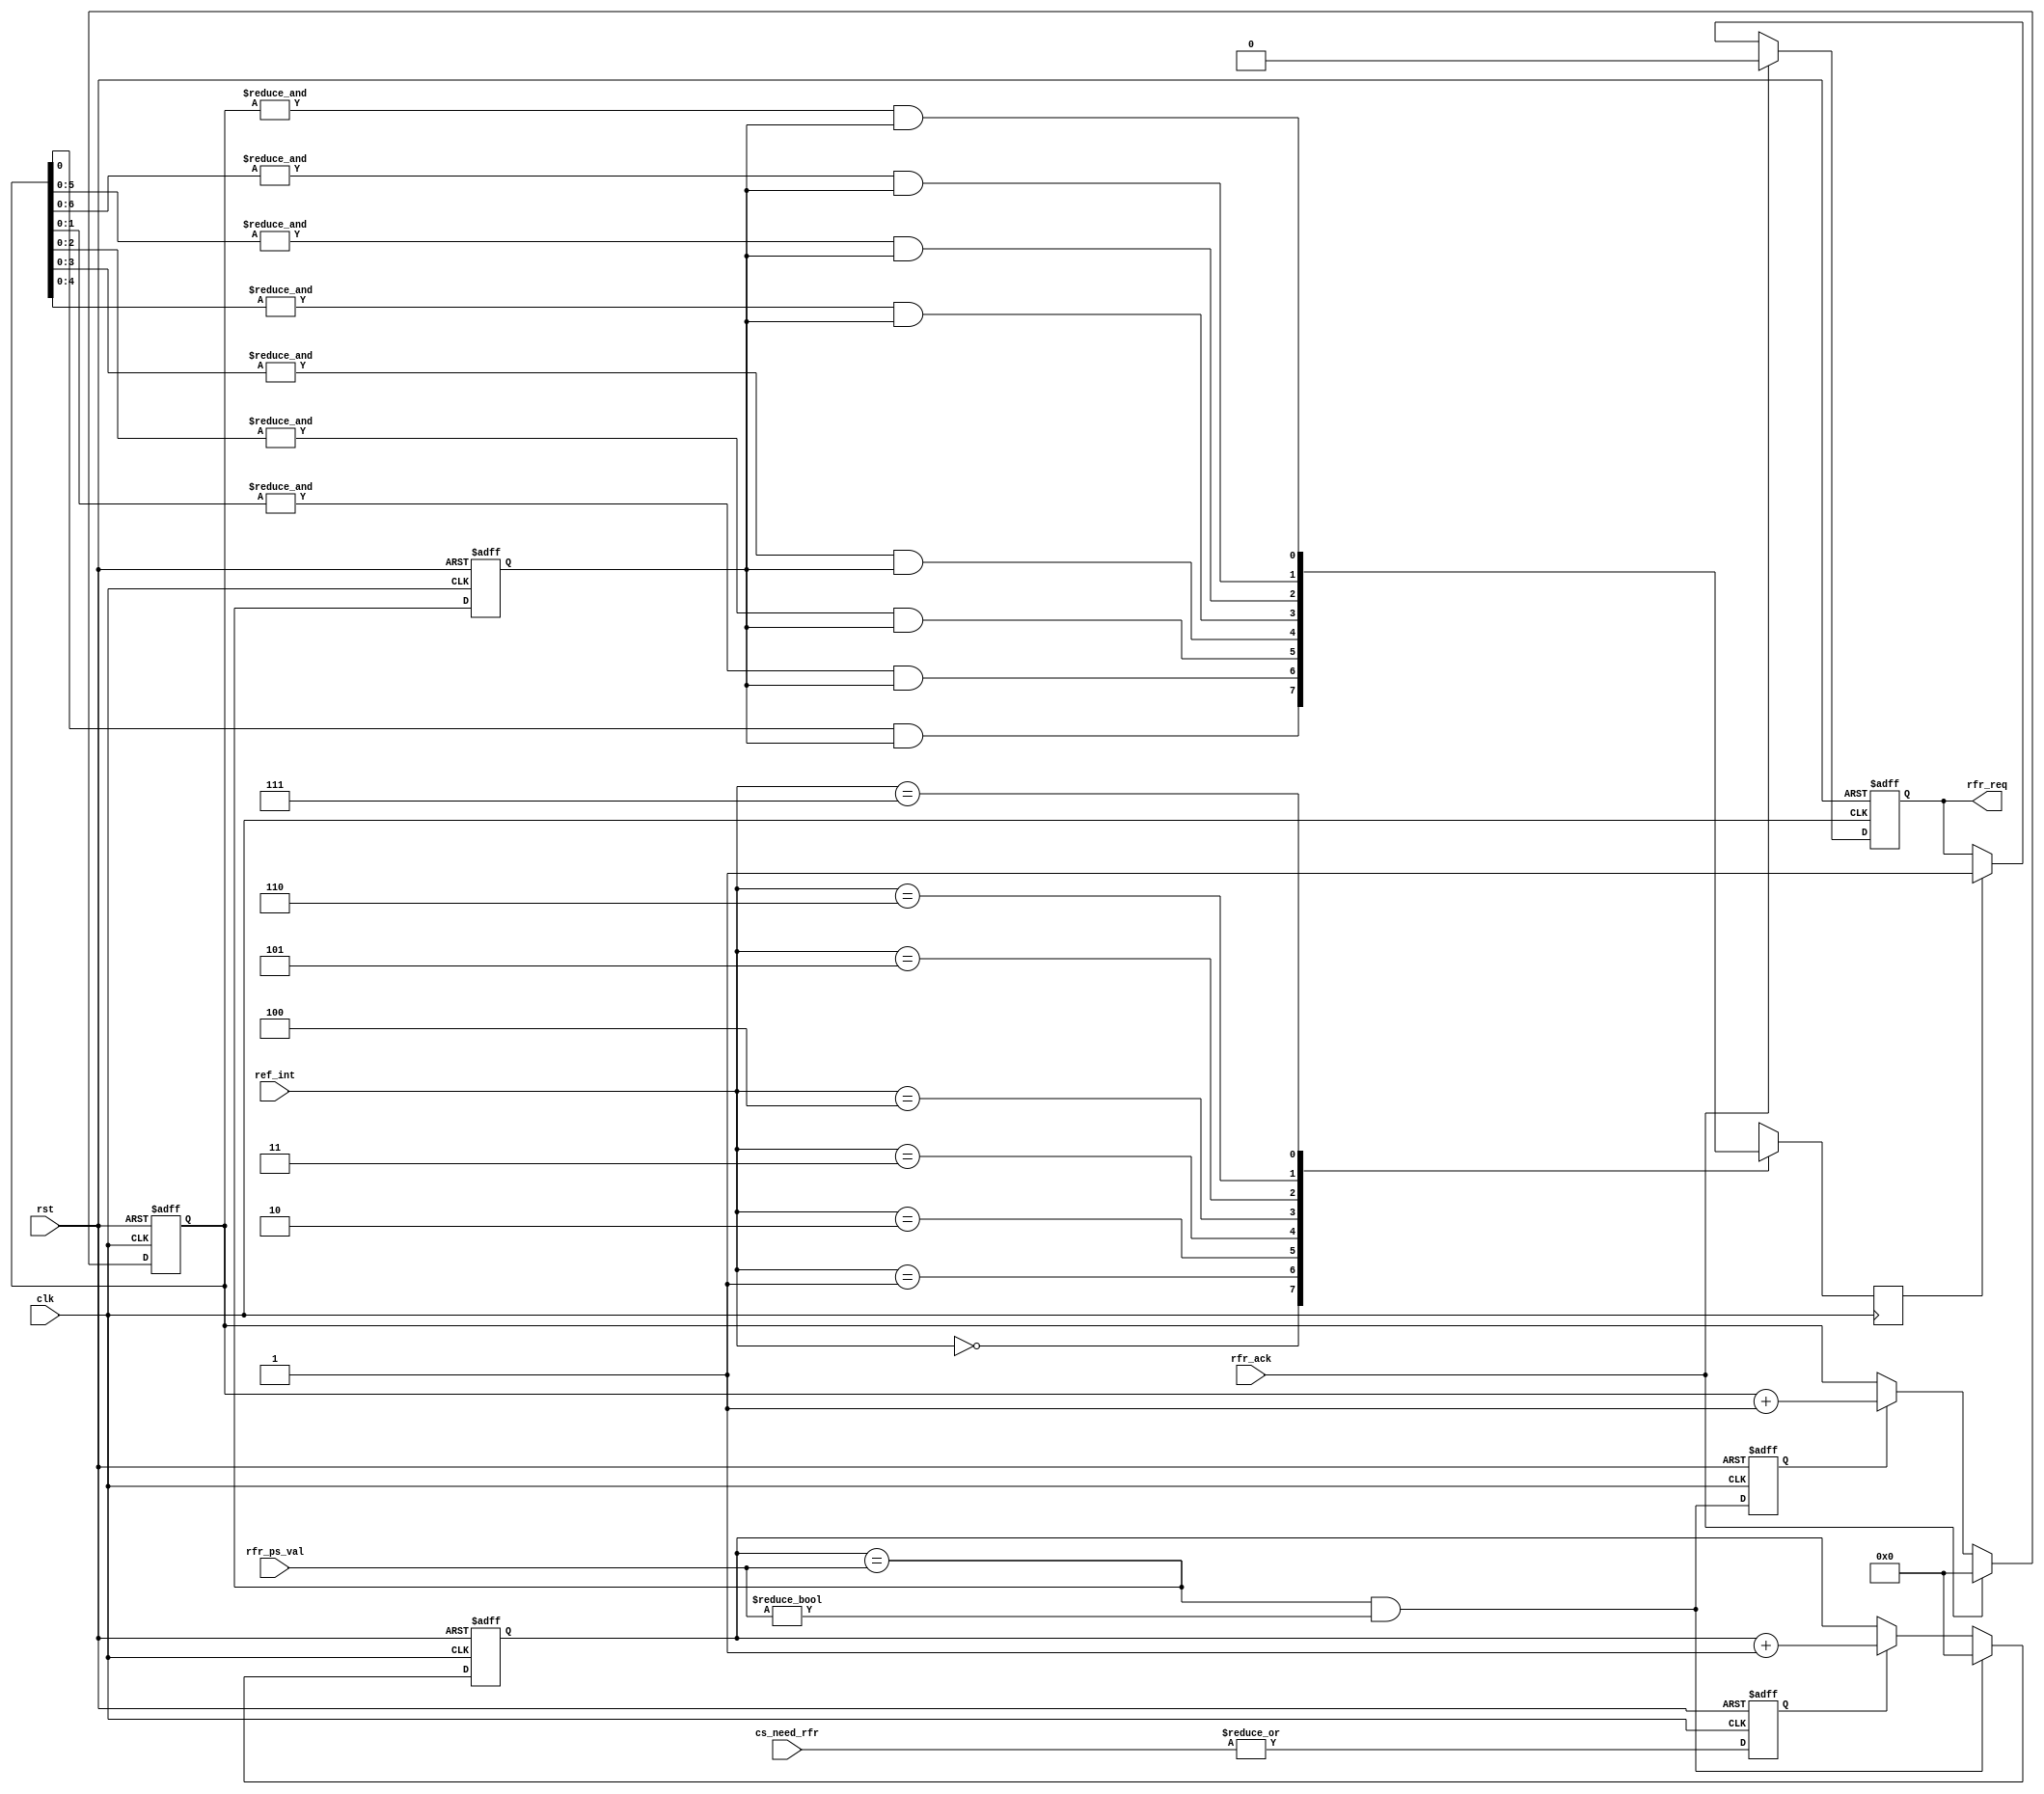
module mc_refresh(clk, rst, 
		cs_need_rfr, ref_int, rfr_req, rfr_ack,
		rfr_ps_val
		);

input		clk, rst;
input	[7:0]	cs_need_rfr;
input	[2:0]	ref_int;
output		rfr_req;
input		rfr_ack;
input	[7:0]	rfr_ps_val;

////////////////////////////////////////////////////////////////////
//
// Local Registers & Wires
//

reg		rfr_en;
reg	[7:0]	ps_cnt;
wire		ps_cnt_clr;
reg		rfr_ce;
reg	[7:0]	rfr_cnt;
reg		rfr_clr;
reg		rfr_req;
reg		rfr_early;

/*
Refresh generation

The prescaler generates a 0.48828 uS clock enable

The refresh counter generates the following refresh rates:
(Actual values are about 0.63% below the desired values).
This is for a 200 Mhz WISHBONE Bus.
0.970 uS,
1.940
3.880
7.760
15.520
32.040
62.080
124.160 uS

(desired values)
0.976 uS
1.953
3.906
7.812
15.625
31.250
62.500
125.000 uS
*/

////////////////////////////////////////////////////////////////////
//
// Prescaler
//

always @(posedge clk or posedge rst)
	if(rst)		rfr_en <= #1 1'b0;
	else		rfr_en <= #1 |cs_need_rfr;

always @(posedge clk or posedge rst)
	if(rst)				ps_cnt <= #1 8'h0;
	else	
	if(ps_cnt_clr)			ps_cnt <= #1 8'h0;
	else	
	if(rfr_en)			ps_cnt <= #1 ps_cnt + 8'h1;

assign ps_cnt_clr = (ps_cnt == rfr_ps_val) & (rfr_ps_val != 8'h0);

always @(posedge clk or posedge rst)
	if(rst)		rfr_early <= #1 1'b0;
	else		rfr_early <= #1 (ps_cnt == rfr_ps_val);

////////////////////////////////////////////////////////////////////
//
// Refresh Counter
//

always @(posedge clk or posedge rst)
	if(rst)		rfr_ce <= #1 1'b0;
	else		rfr_ce <= #1 ps_cnt_clr;

always @(posedge clk or posedge rst)
	if(rst)			rfr_cnt <= #1 8'h0;
	else
	if(rfr_ack)		rfr_cnt <= #1 8'h0;
	else
	if(rfr_ce)		rfr_cnt <= #1 rfr_cnt + 8'h1;

always @(posedge clk)
	case(ref_int)		// synopsys full_case parallel_case
	   3'h0: rfr_clr <= #1  rfr_cnt[0]   & rfr_early;
	   3'h1: rfr_clr <= #1 &rfr_cnt[1:0] & rfr_early;
	   3'h2: rfr_clr <= #1 &rfr_cnt[2:0] & rfr_early;
	   3'h3: rfr_clr <= #1 &rfr_cnt[3:0] & rfr_early;
	   3'h4: rfr_clr <= #1 &rfr_cnt[4:0] & rfr_early;
	   3'h5: rfr_clr <= #1 &rfr_cnt[5:0] & rfr_early;
	   3'h6: rfr_clr <= #1 &rfr_cnt[6:0] & rfr_early;
	   3'h7: rfr_clr <= #1 &rfr_cnt[7:0] & rfr_early;
	endcase

always @(posedge clk or posedge rst)
	if(rst)			rfr_req <= #1 1'b0;
	else
	if(rfr_ack)		rfr_req <= #1 1'b0;
	else
	if(rfr_clr)		rfr_req <= #1 1'b1;

endmodule